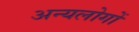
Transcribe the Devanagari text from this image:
अन्यलोगों